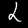
Digit: 2